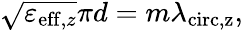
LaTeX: \sqrt{\varepsilon_{\mathrm{eff},z}}\pi d=m\lambda_{\mathrm{circ,z}},